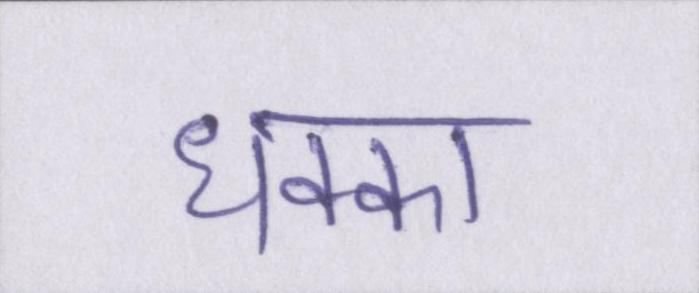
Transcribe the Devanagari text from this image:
धक्का